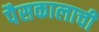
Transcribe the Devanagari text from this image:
पैसकालाची